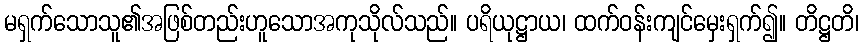
မရှက်သောသူ၏အဖြစ်တည်းဟူသောအကုသိုလ်သည်။ ပရိယုဋ္ဌာယ၊ ထက်ဝန်းကျင်မှေးရှက်၍။ တိဋ္ဌတိ၊